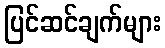
ပြင်ဆင်ချက်များ